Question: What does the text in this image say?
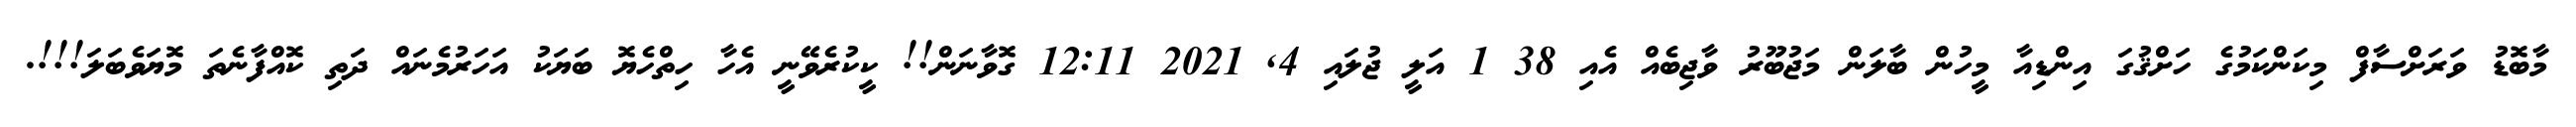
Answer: މާބޮޑު ވަރަށްސާފް މިކަންކަމުގެ ހަށްޤުގަ އިންޑިއާ މީހުން ބާލަން މަޖުބޫރު ވާޖިބެއް އެއި 38 1 އަލީ ޖުލައި 4, 2021 12:11 ގޮވާނަން!! ކީކުރެވޭނީ އެހާ ހިތްހެޔޮ ބަޔަކު އަހަރުމެނައް ދަތި ކޮއްފާނެތަ މޮޔަވެބަލަ!!!.